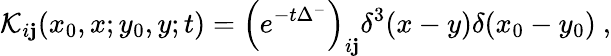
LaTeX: \mathcal{K}_{i\mathbf{j}}(x_{0},x;y_{0},y;t)=\left(e^{-t\Delta^{-}}\right)_{i\mathbf{j}}\delta^{3}(x-y)\delta(x_{0}-y_{0})\ ,